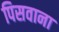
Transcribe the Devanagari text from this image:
पिसवाना